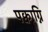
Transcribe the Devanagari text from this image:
पक्वाग्नि